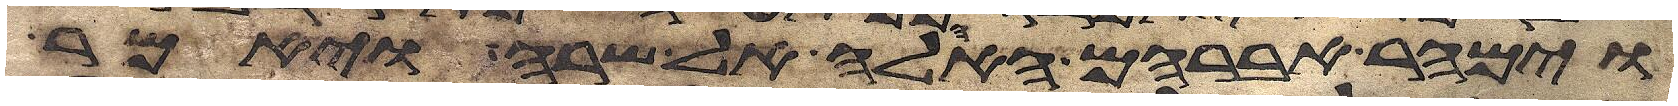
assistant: וימהר אברהם האהלה אל שרה ויאמר